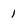
Character: 1